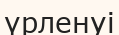
үрленуі